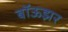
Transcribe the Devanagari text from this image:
बॉऊझर